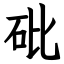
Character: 砒